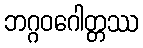
ဘဂ္ဂဝဂေါတ္တဿ